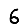
Digit: 6